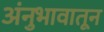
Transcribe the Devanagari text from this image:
अंनुभावातून